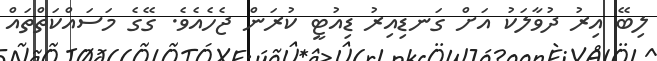
ލިބޭ އިރު ދުވާލަކު އަށް ގަނޑިއިރު ޑިއުޓީ ކުރަން ޖެހެއެވެ. ގޭގެ މަސައްކަތްތައް